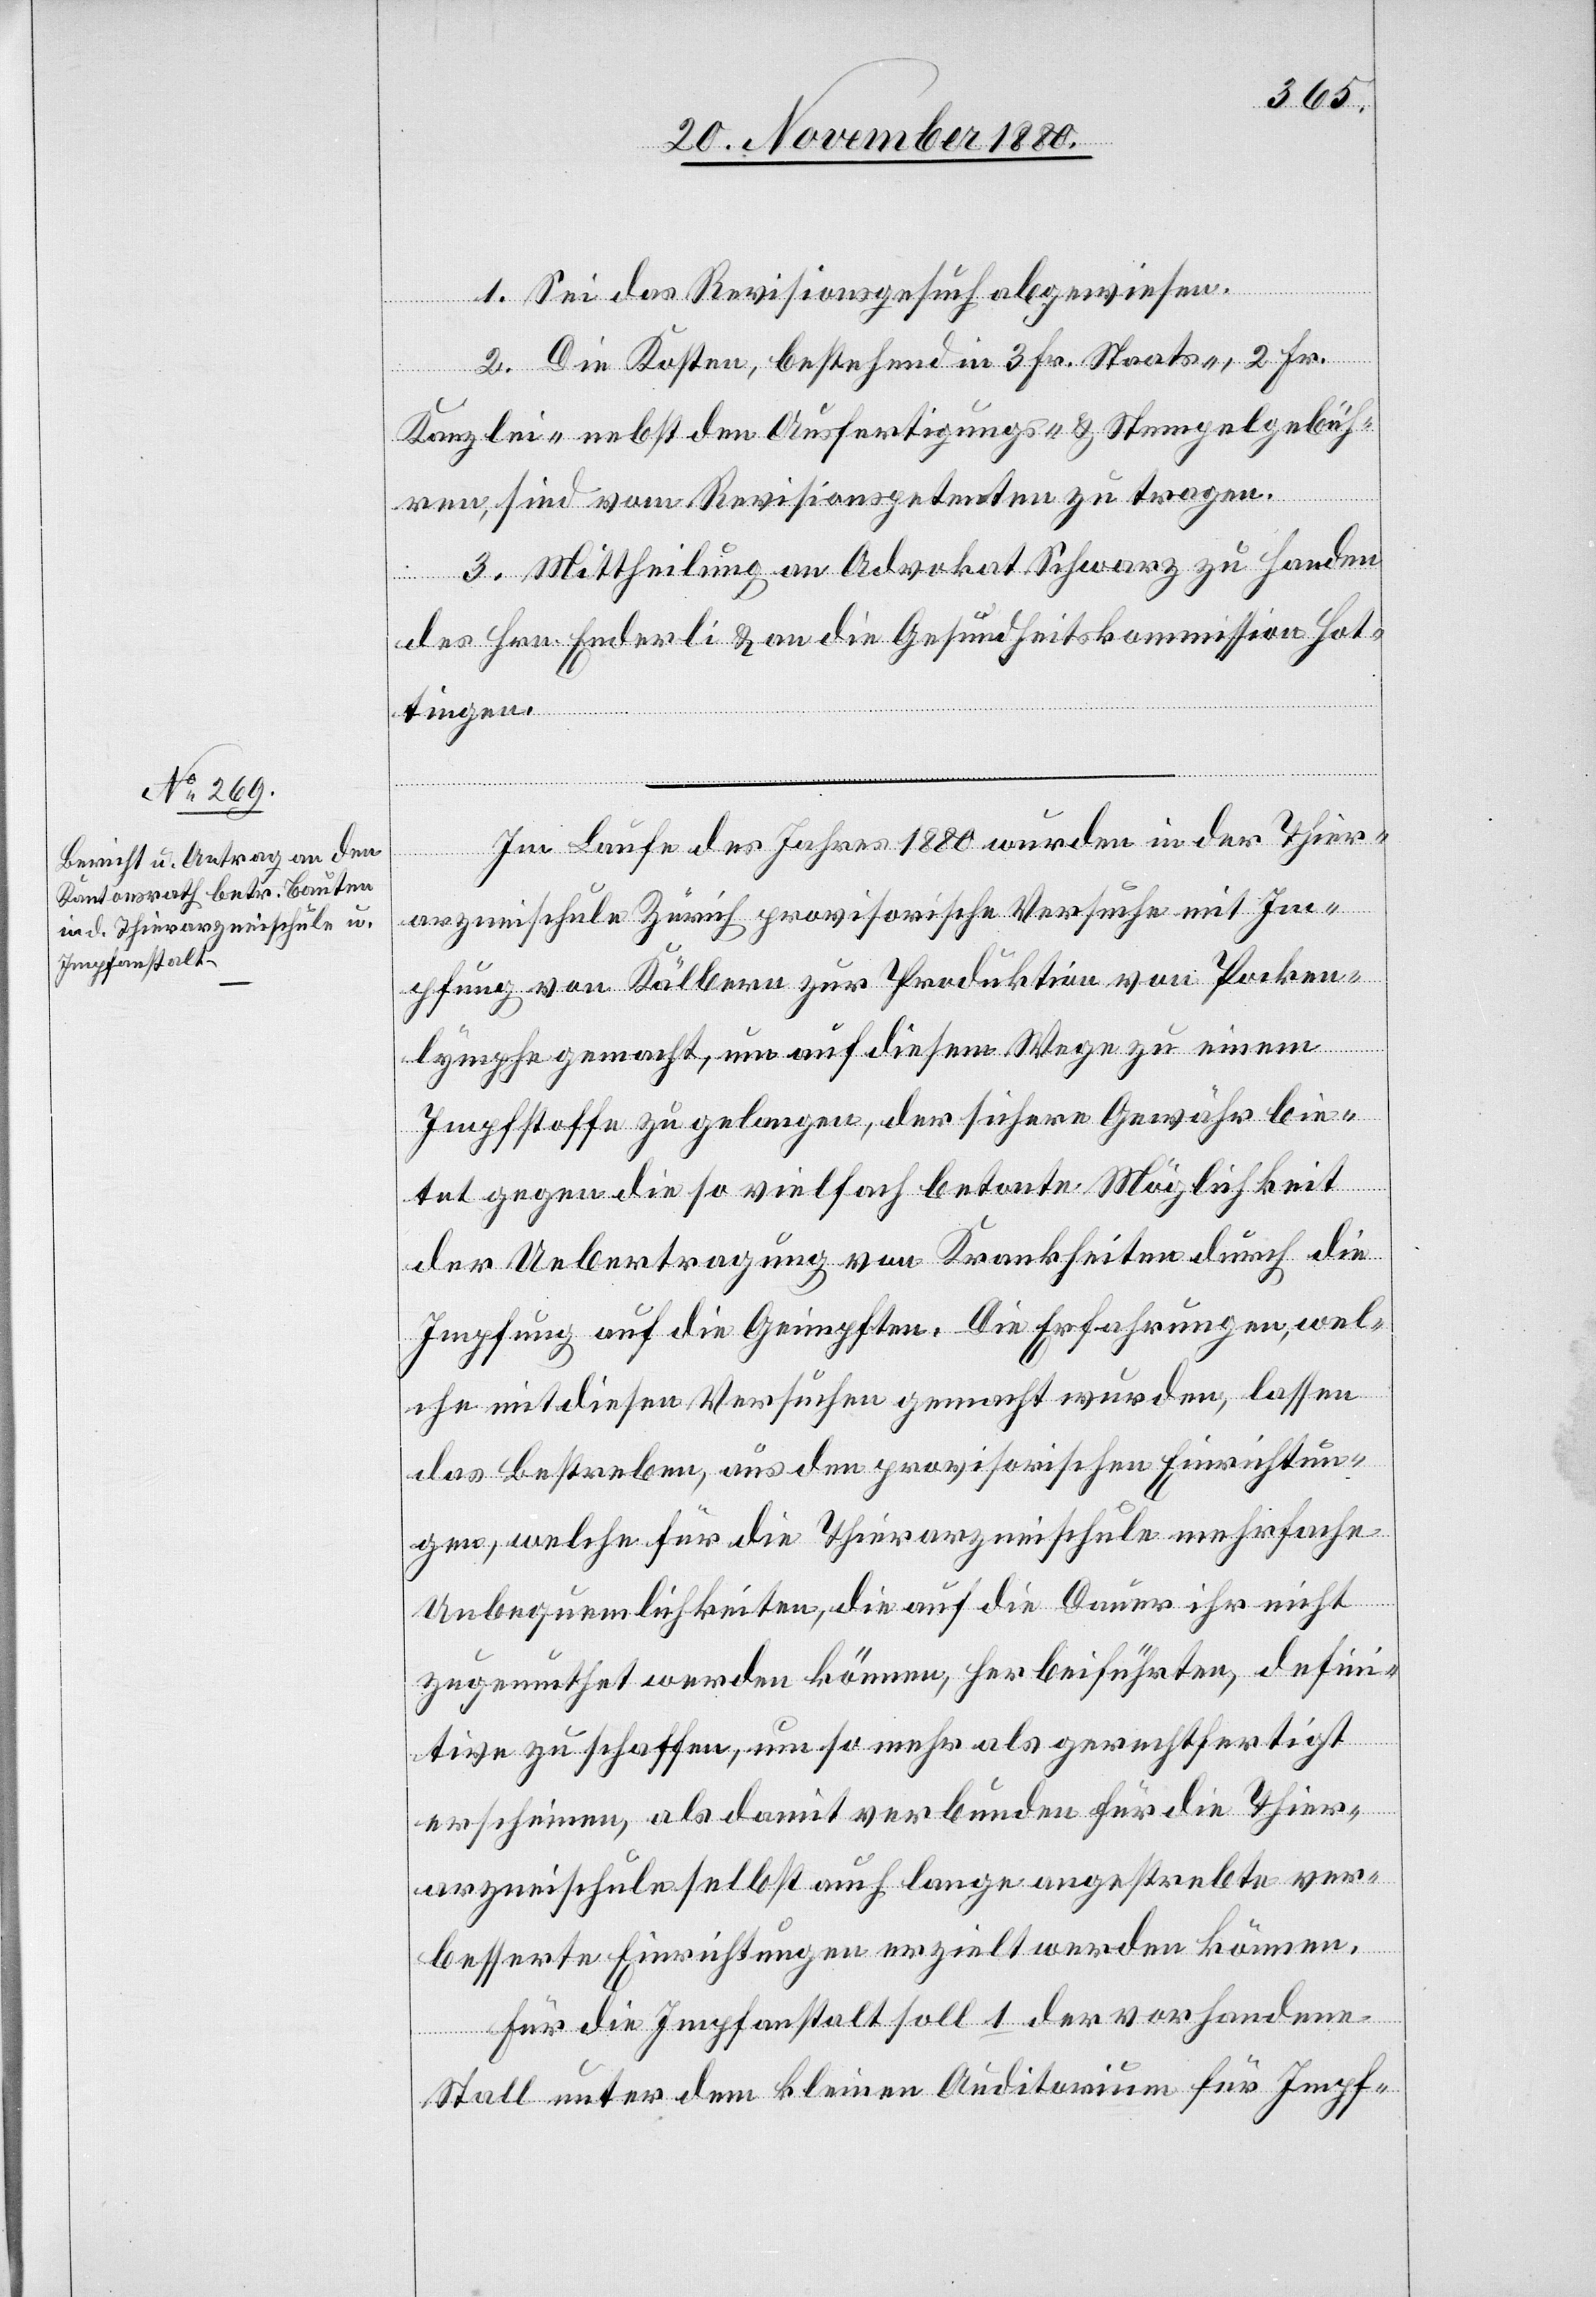
1. Sei das Revisionsgesuch abgewiesen.
2. Die Kosten, bestehend in 3 Fr. Staats-, 2 Fr.
Kanzlei- nebst den Ausfertigungs- & Stempelgebüh¬
ren, sind vom Revisionspetenten zu tragen.
3. Mittheilung an Advokat Schwarz zu Handen
des Hrn. Enderli & an die Gesundheitskommission Hot¬
tingen.
Im Laufe des Jahres 1880 wurden in der Thier¬
arzneischule Zürich provisorische Versuche mit Im¬
pfung von Kälbern zur Produktion von Pocken¬
lymphe gemacht, um auf diesem Wege zu einem
Impfstoffe zu gelangen, der sichere Gewähr bie¬
tet gegen die so vielfach betonte Möglichkeit
der Uebertragung von Krankheiten durch die
Impfung auf die Geimpften. Die Erfahrungen, wel¬
che mit diesen Versuchen gemacht wurden, lassen
das Bestreben, aus den provisorischen Einrichtun¬
gen, welche für die Thierarzneischule mehrfache
Unbequemlichkeiten, die auf die Dauer ihr nicht
zugemuthet werden können, herbeiführten, defini¬
tive zu schaffen, um so mehr als gerechtfertigt
erscheinen, als damit verbunden für die Thier¬
arzneischule selbst auch lange angestrebte ver¬
besserte Einrichtungen erzielt werden können.
Für die Impfanstalt soll 1. der vorhandene
Stall unter dem kleinen Auditorium für Impf-